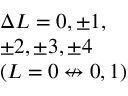
\begin{array} { l } { \Delta L = 0 , \pm 1 , } \\ { \pm 2 , \pm 3 , \pm 4 } \\ { ( L = 0 \not \leftrightarrow 0 , 1 ) } \end{array}